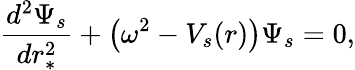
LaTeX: \frac{d^{2}\Psi_{s}}{dr_{*}^{2}}+\left(\omega^{2}-V_{s}(r)\right)\Psi_{s}=0,